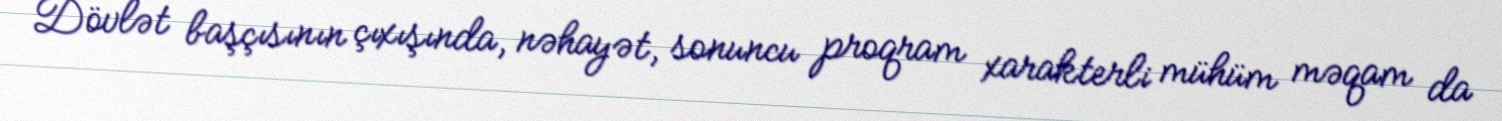
Dövlət başçısının çıxışında, nəhayət, sonuncu proqram xarakterli mühüm məqam da